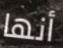
أنها